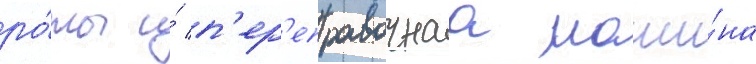
ро́ты и́ п'ер'еправочнаа маши́на